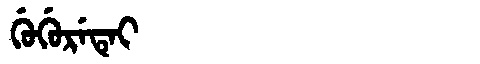
Manchu: ᡤᡠᡤᡠᡵᡝᡨᡝᡳ
Romanization: GUGURETEI